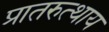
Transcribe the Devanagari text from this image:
प्रातरुत्थाय